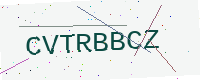
Text: CVTRBBCZ